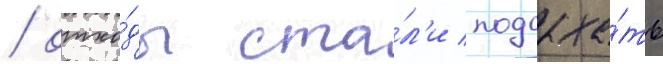
/ отхо́ды ста́л'и подсыха́ть